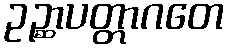
ဥဉ္ဆာပတ္တာဂတေ